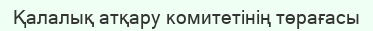
Қалалық атқару комитетінің төрағасы